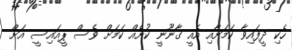
ހެކި ދީފައިވާ ކަމަށާއި އެއީ ގާނޫނީ ކުށެއް ކަމަށް ވެސް ޕީއައިސީ އަށް